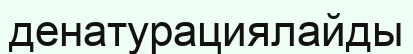
денатурациялайды